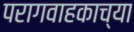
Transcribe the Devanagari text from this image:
परागवाहकाच्या